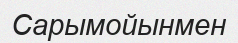
Сарымойынмен